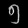
Digit: ၅